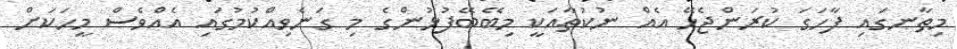
މިތާނގައި ފާހަގަ ކުރަންޖެހޭ އެއް ނުކުތާއަކީ މިބޭބޭފުޅުންގެ މި ގަނެވިއްކުމުގައި އެއްވެސް މީހަކަށް